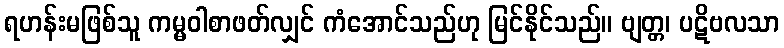
ရဟန်းမဖြစ်သူ ကမ္မဝါစာဖတ်လျှင် ကံအောင်သည်ဟု မြင်နိုင်သည်။ ဗျတ္တ၊ ပဋိဗလသာ